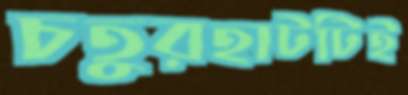
চতুরহাটটিই